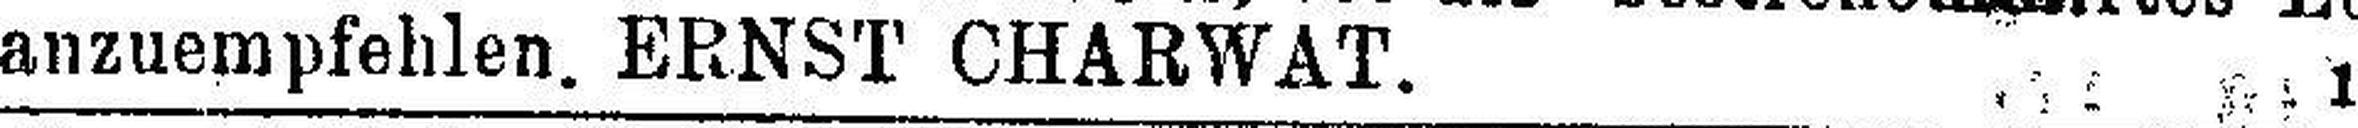
anzuempfehlen. ERNST CHARWAT. 10121